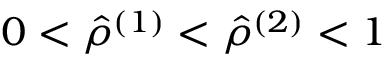
0 < \hat { \rho } ^ { ( 1 ) } < \hat { \rho } ^ { ( 2 ) } < 1